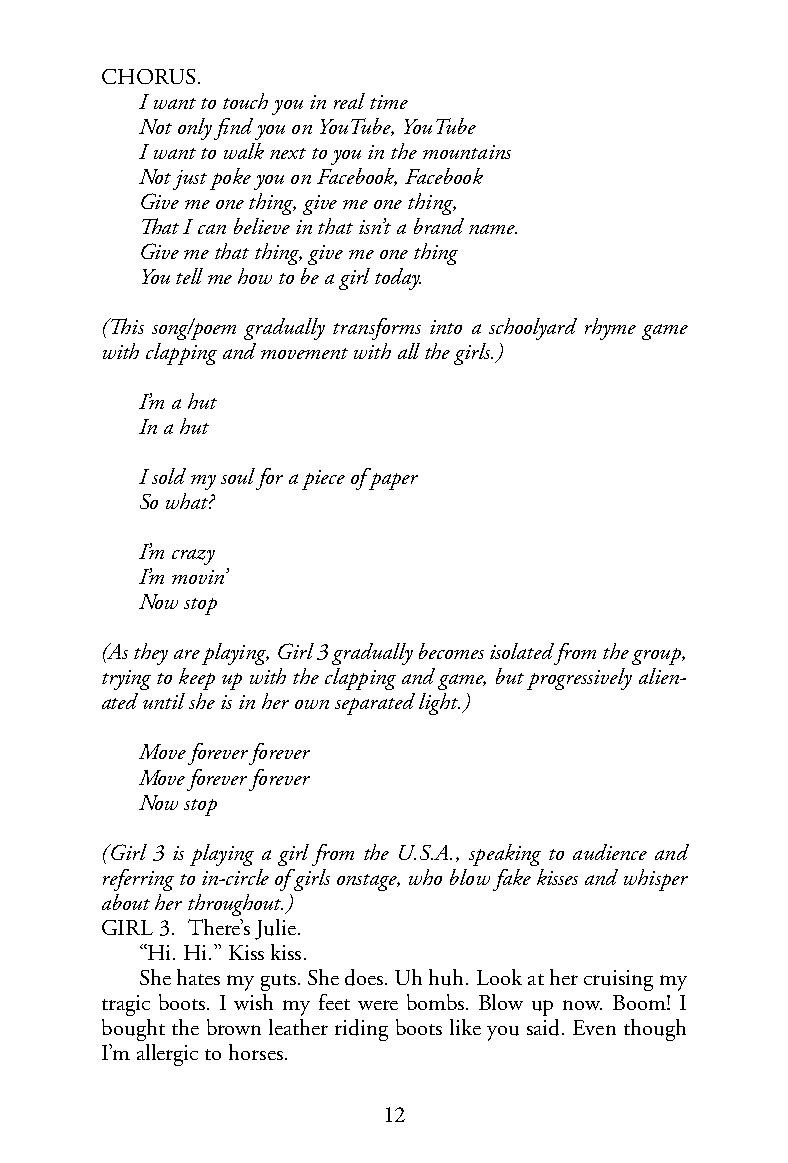
CHORUS.
 I want to touch you in real time
 Not only find you on YouTube, YouTube
 I want to walk next to you in the mountains
 Not just poke you on Facebook, Facebook
 Give me one thing, give me one thing,
 That I can believe in that isn’t a brand name.
 Give me that thing, give me one thing
 You tell me how to be a girl today.
 (This song/poem gradually transforms into a schoolyard rhyme game
 with clapping and movement with all the girls.)
 I’m a hut
 In a hut
 I sold my soul for a piece of paper
 So what?
 I’m crazy
 I’m movin’
 Now stop
 (As they are playing, Girl 3 gradually becomes isolated from the group,
 trying to keep up with the clapping and game, but progressively alien-
 ated until she is in her own separated light.)
 Move forever forever
 Move forever forever
 Now stop
 (Girl 3 is playing a girl from the U.S.A., speaking to audience and
 referring to in-circle of girls onstage, who blow fake kisses and whisper
 about her throughout.)
 GIRL 3. There’s Julie.
 “Hi. Hi.” Kiss kiss.
 She hates my guts. She does. Uh huh. Look at her cruising my
 tragic boots. I wish my feet were bombs. Blow up now. Boom! I
 bought the brown leather riding boots like you said. Even though
 I’m allergic to horses.
 12